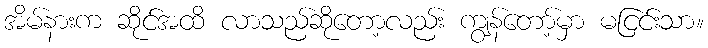
အိမ်နားက ဆိုင်အထိ လာသည်ဆိုတော့လည်း ကျွန်တော့်မှာ မငြင်းသာ။